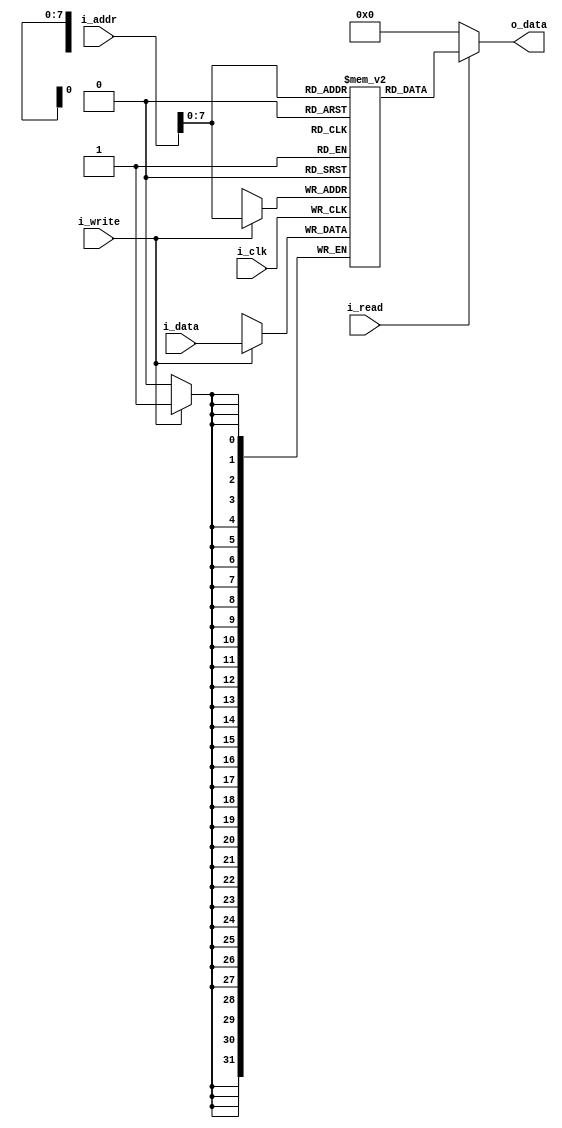
`timescale 1ns / 1ps
//////////////////////////////////////////////////////////////////////////////////
// Company: 
// Engineer: 
// 
// Design Name: 
// Module Name: DATA_MEM
// Project Name: 
// Target Devices: 
// Tool Versions: 
// Description: 
// 
// Dependencies: 
// 
// Revision:
// Revision 0.01 - File Created
// Additional Comments:
// 
//////////////////////////////////////////////////////////////////////////////////

`define MEM_DEPTH 256
`define MEM_WIDTH 32
`define MEM_ADDR 32
module DATA_MEM(
 i_clk , 
 i_addr , 
 i_write , 
 i_data , 
 i_read, 
 o_data);
 
 input i_clk ;
 input i_write ;
 input i_read ;
 input [`MEM_WIDTH-1:0] i_data;
 input [`MEM_ADDR-1:0] i_addr;
 output  [`MEM_WIDTH-1:0] o_data ;
 
 ///data memory gen//
 reg [`MEM_WIDTH-1:0] mem_data[0:`MEM_DEPTH-1];
 
 //integer i;
 
 //initializing memory contents //
 initial
     begin
     mem_data[0] <= 32'b00000000000000000000000000000000;
     mem_data[1] <= 32'b00000000000000000000000000000001;
     mem_data[2] <= 32'b00000000000000000000000000111111;
     mem_data[3] <= 32'b00000000000000000000000000001001;
     mem_data[4] <= 32'b00000000000000000000000000000111;
     mem_data[5] <= 32'b00000000000000000000000000001111;
     mem_data[6] <= 32'b00000000000000000000000000000001;
     mem_data[8] <= 32'b00000000000000000000000000100001;
     mem_data[9] <= 32'b00000000000000000000000000000001;
     mem_data[10] <= 32'b00000000000000000000000010000001;
     mem_data[11] <= 32'b00000000000000000000000000000000;
     mem_data[12] <= 32'b00000000000000000000000000000000;
     mem_data[13] <= 32'b00000000000000000000000000000000;
     mem_data[14] <= 32'b00000000000000000000000000001100;
     mem_data[15] <= 32'b00000000000000000000000000000000;
     mem_data[16] <= 32'b00000000000000000000000000000000;
     mem_data[17] <= 32'b00000000000000000000000000000000;
     mem_data[18] <= 32'b00000000000000000000000000000000;
     mem_data[19] <= 32'b00000000000000000000000000000000;
     mem_data[20] <= 32'b00000000000000000000000000000000;
     mem_data[21] <= 32'b00000000000000000000000000000000;
     mem_data[22] <= 32'b00000000000000000000000000000000;
     mem_data[23] <= 32'b00000000000000000000000000000000;
     mem_data[24] <= 32'b00000000000000000000000000000000;
     mem_data[25] <= 32'b00000000000000000000000000000000;
     mem_data[26] <= 32'b00000000000000000000000000000000;
     mem_data[27] <= 32'b00000000000000000000000000000000;
     mem_data[28] <= 32'b00000000000000000000000000000000;
     mem_data[29] <= 32'b00000000000000000000000000000000;
     mem_data[30] <= 32'b00000000000000000000000000000000;
     mem_data[31] <= 32'b00000000000000000000000000000000;
     //mem_reg[16] <= 32'b00000000000000000000000000000001;
end


 
 always @(posedge i_clk)
    begin
     if (i_write==1'b1 )
           begin
              mem_data[i_addr] <= i_data;
            end
    end 
  
       assign o_data = i_read? mem_data[i_addr]:32'b0;            
endmodule